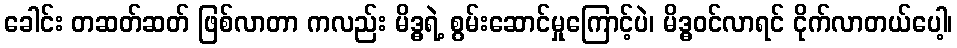
ခေါင်း တဆတ်ဆတ် ဖြစ်လာတာ ကလည်း မိဒ္ဓရဲ့ စွမ်းဆောင်မှုကြောင့်ပဲ၊ မိဒ္ဓဝင်လာရင် ငိုက်လာတယ်ပေါ့၊